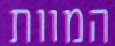
המוות